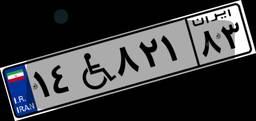
۸۷W۲۷۳۲۹